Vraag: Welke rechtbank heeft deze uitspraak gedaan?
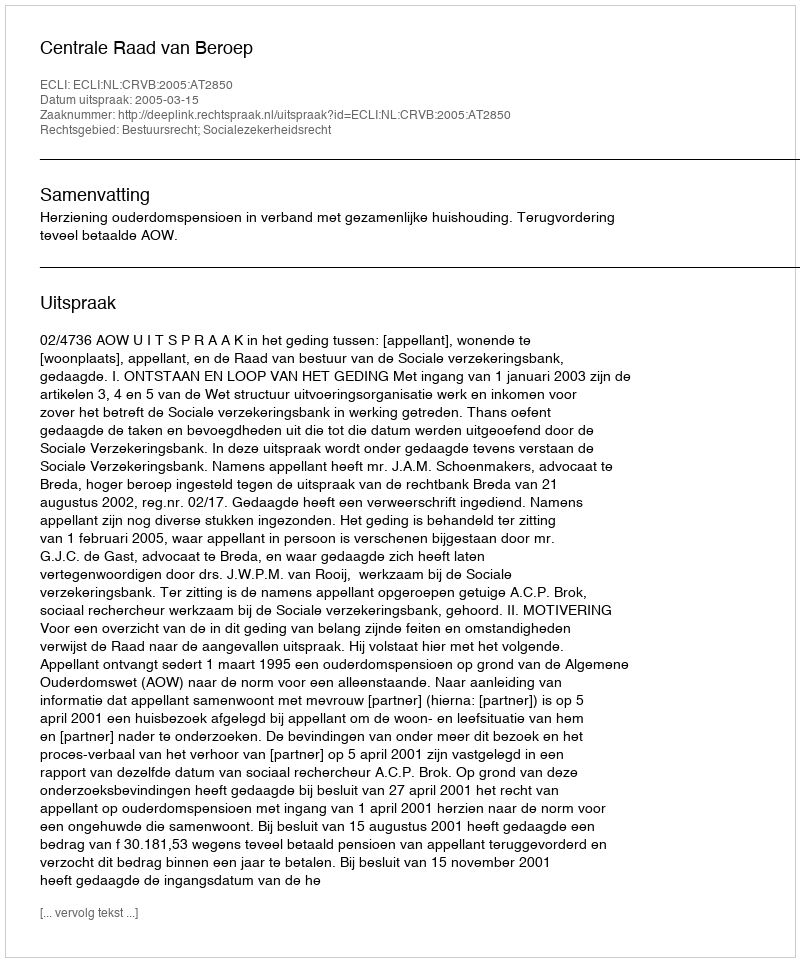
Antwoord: Centrale Raad van Beroep